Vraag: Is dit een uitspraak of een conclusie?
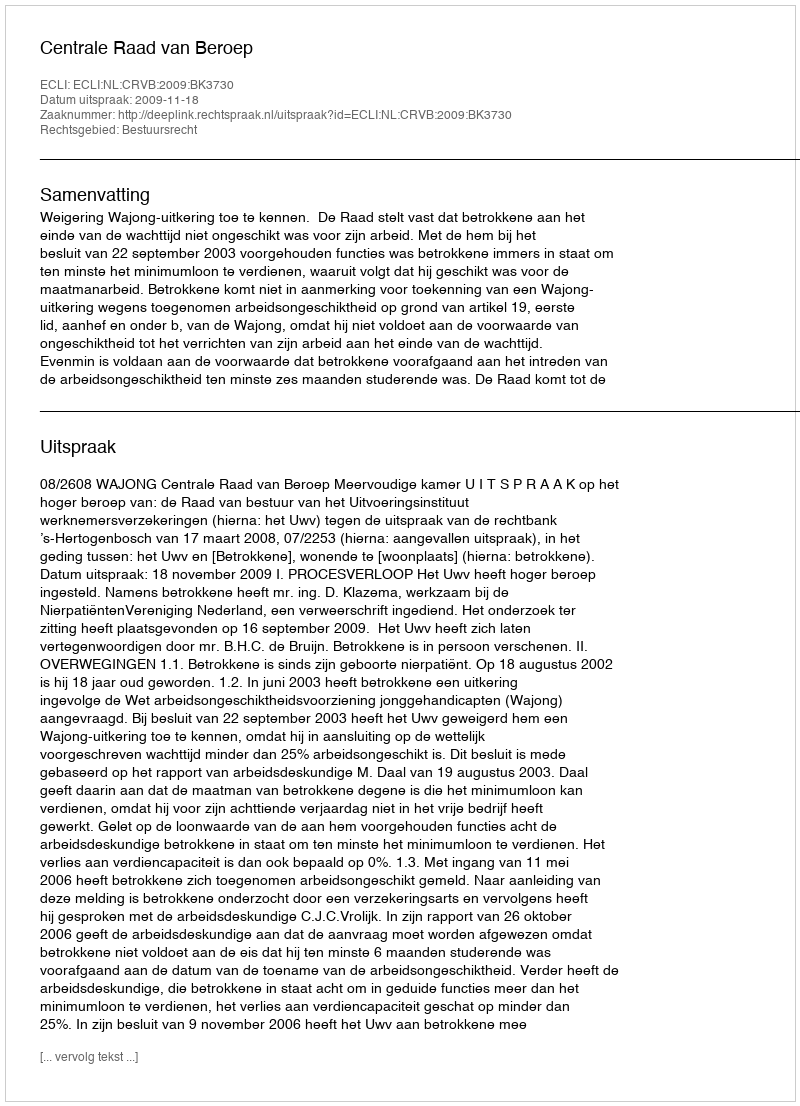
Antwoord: Uitspraak